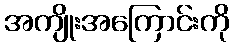
အကျိုးအကြောင်းကို